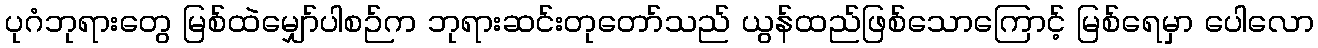
ပုဂံဘုရားတွေ မြစ်ထဲမျှော်ပါစဉ်က ဘုရားဆင်းတုတော်သည် ယွန်ထည်ဖြစ်သောကြောင့် မြစ်ရေမှာ ပေါလော